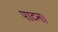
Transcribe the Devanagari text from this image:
पाटन।